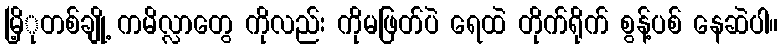
မြိ့ုတစ်ချို့ ကမိလ္လာတွေ ကိုလည်း ကိုမဖြတ်ပဲ ရေထဲ တိုက်ရိုက် စွန့်ပစ် နေဆဲပါ။